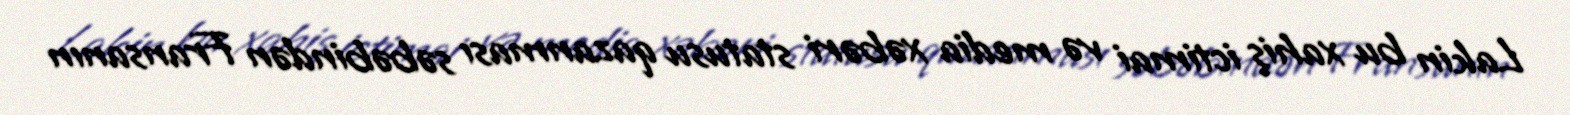
Lakin bu xahiş ictimai və media xəbəri statusu qazanması səbəbindən Fransanın